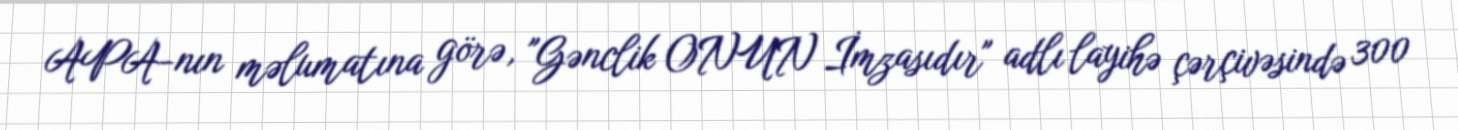
APA-nın məlumatına görə, "Gənclik ONUN İmzasıdır" adlı layihə çərçivəsində 300